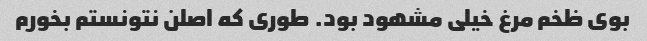
بوی ظخم مرغ خیلی مشهود بود. طوری که اصلن نتونستم بخورم